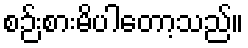
စဉ်းစားမိပါတော့သည်။